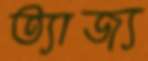
ত্যাজ্য